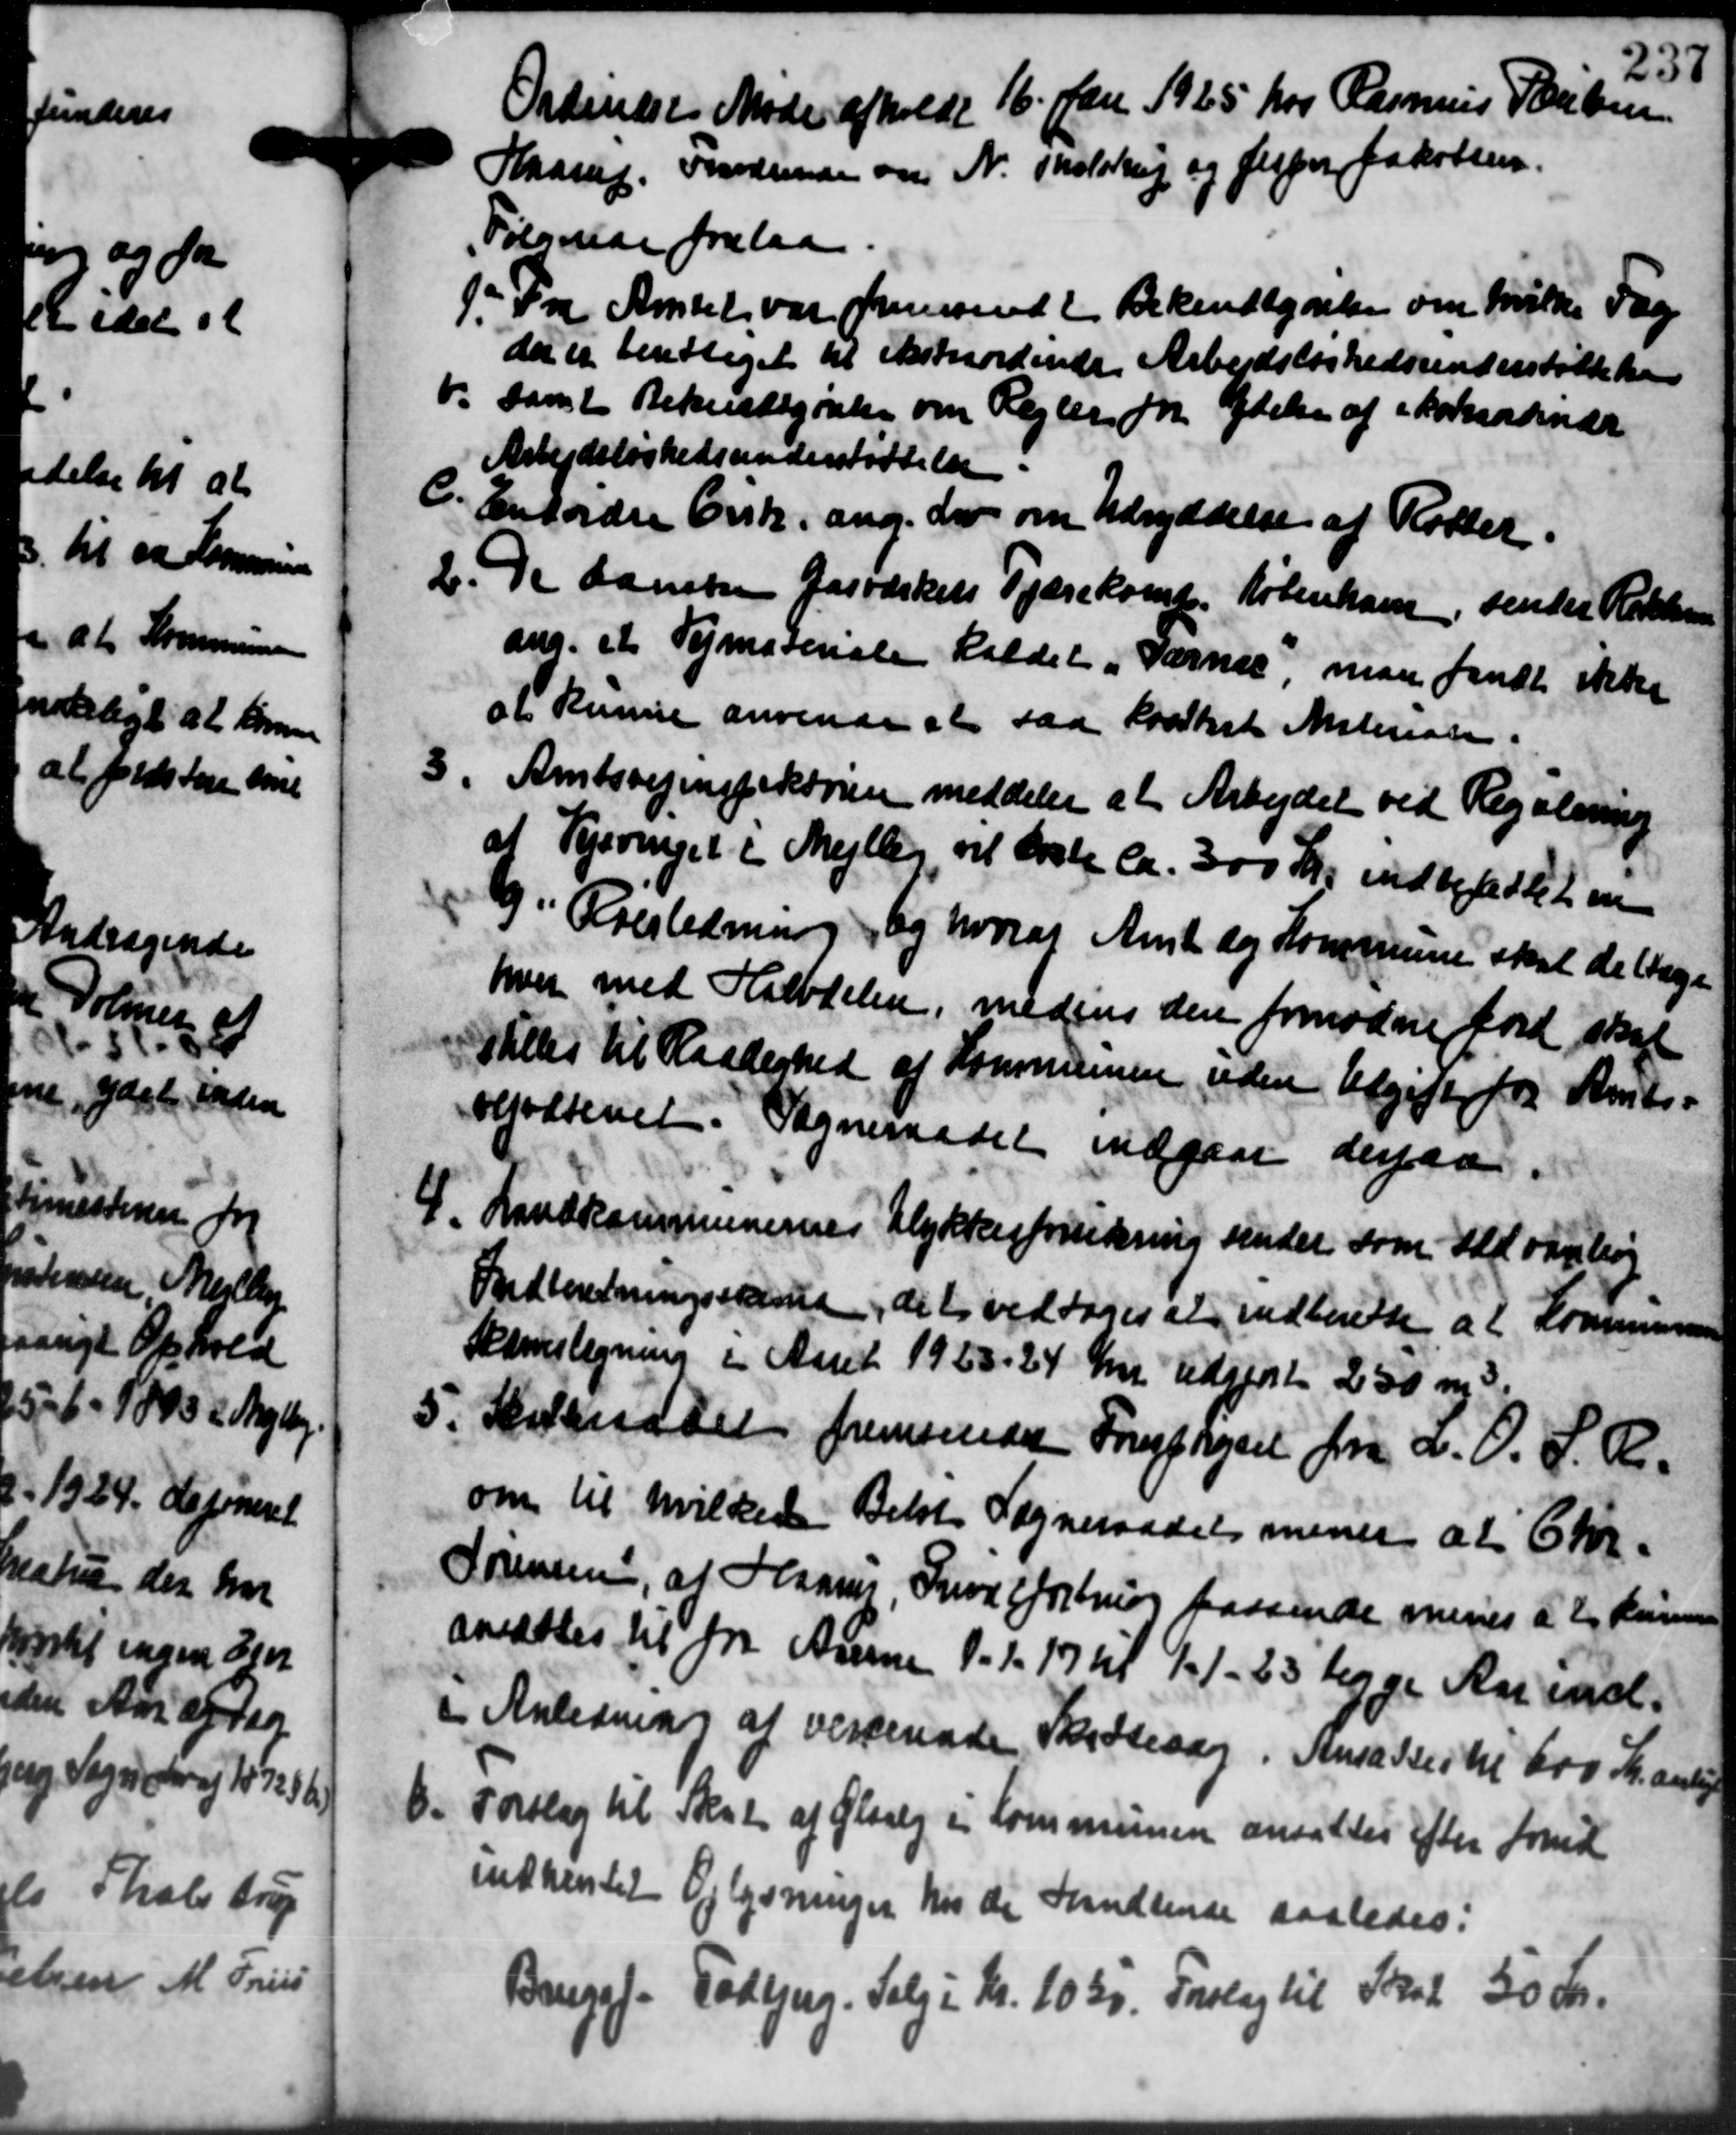
Transskription:
Ordinært Møde afholdt 16. Jan. 1925 hos Rasmus Poulsen
Haarup. Indsende om N. Tholstrup og Jesper Jakobsen.
Følgende forelaa.
1. Fra Amtet var fremsendt Bekendtgørelse om hvilke Fag
1. Fra Amtet var fremsendt Bekendtgørelse om hvilke Fag
der er berettiget til ekstrordende Arbejdsløshedsunderstøttelsen
v. samt Bekendtgørelse om Regler for Ydelse af i Bornardinær
v. samt Bekendtgørelse om Regler for Ydelse af i Bornardinær
Arbejdsløshedsunderstøttelse.
C. Entordre Ersk. ang. der om Udryddelse af Rotter.
C. Entordre Ersk. ang. der om Udryddelse af Rotter.
2. De danske Gasværkets Tjærekomp. København senter Retter
2. De danske Gasværkets Tjærekomp. København senter Retter
ang. et Vejmasenale kaldet „Værnes, man fandt ikke
at kunne anvende at saa Lodsket Materiale.

Amtsvejinspektøren meddeler at Arbejdet ved Regulering
at Vejsvinget i Mejlby, vil beste ca. 300 Kr. indbetaltet o
9 i Fresledning, og hvoraf Amt og Kommune skal deltage
hver med Halvdelen, medens den fornødne Jord skal
stilles til Raaderhed af Kommunen uden Udgifter fra Amts-
vejvæsenet. Sogneraadet indgaar derpaa.

Landkommunernes Ulykkesforsikring sender som til Forhøj
Indberetningsskat, det vedtoges at indberette at Kommunen
Samnistegning i Aaret 1923-24 er udgjort 250 m3,
Skatteraadet fremsender Forespørgsel fra a. O. S. R.

om til hvilken Beløb Sogneraadets mener af 6 kr.
Sørensen, at Hannes Invatforening passende menes at kunn
ansættes til fra Auerne 1. 1. 17 til 11-25 begge Aar incl.
i Anledning af vesterende Skattesag. Ansættes til 600 Kr. anlig
8. Forslag til Skat af Glaag i Kommunen ansattes efter fork
8. Forslag til Skat af Glaag i Kommunen ansattes efter fork
indhentet Oplysninger hos de handlende saaledes:
Bougef. Todbjerg. Salg i Kr. 1035. Forslag til Skat 50 Kr.